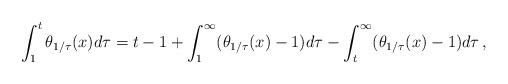
LaTeX: \begin{align*} \int_1^t \theta_{1/\tau}(x) d\tau = t-1 + \int_1^{\infty} (\theta_{1/\tau}(x) -1) d\tau - \int_t^{\infty} (\theta_{1/\tau}(x) -1) d\tau \, ,\end{align*}